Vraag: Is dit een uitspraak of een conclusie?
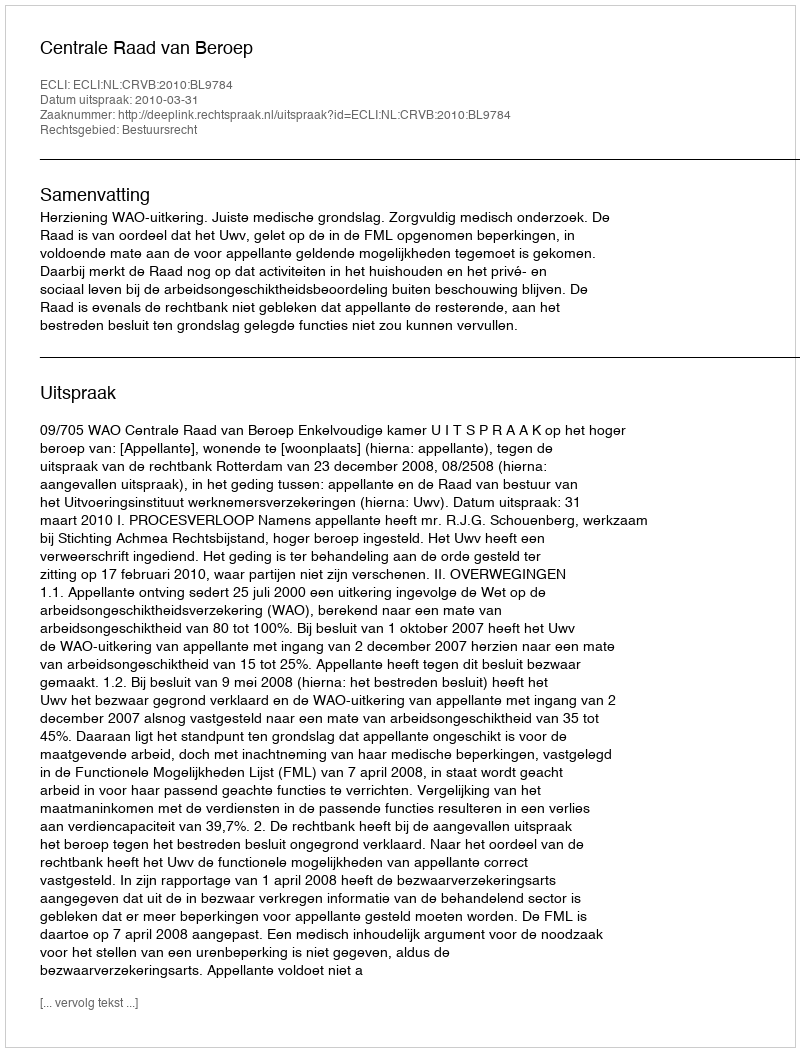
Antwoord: Uitspraak